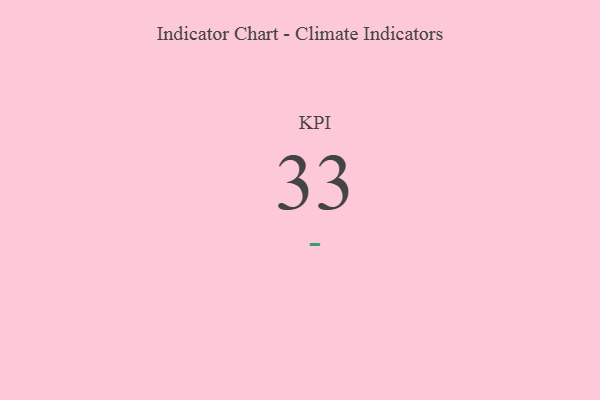
{"axis": {"x": "KPI", "y": "Value"}, "legend": [""], "data": [{"x": "KPI", "y": 33, "type": ""}]}